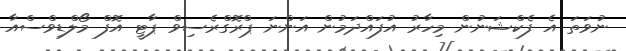
ނުވަތަ އެ ފެކްޝަނުން މިހާރު އުފައްދަމުން އަންނަ ޕްރޮގްރެސިވް ޕާޓީ އޮފް މޯލްޑިވްސްއާ